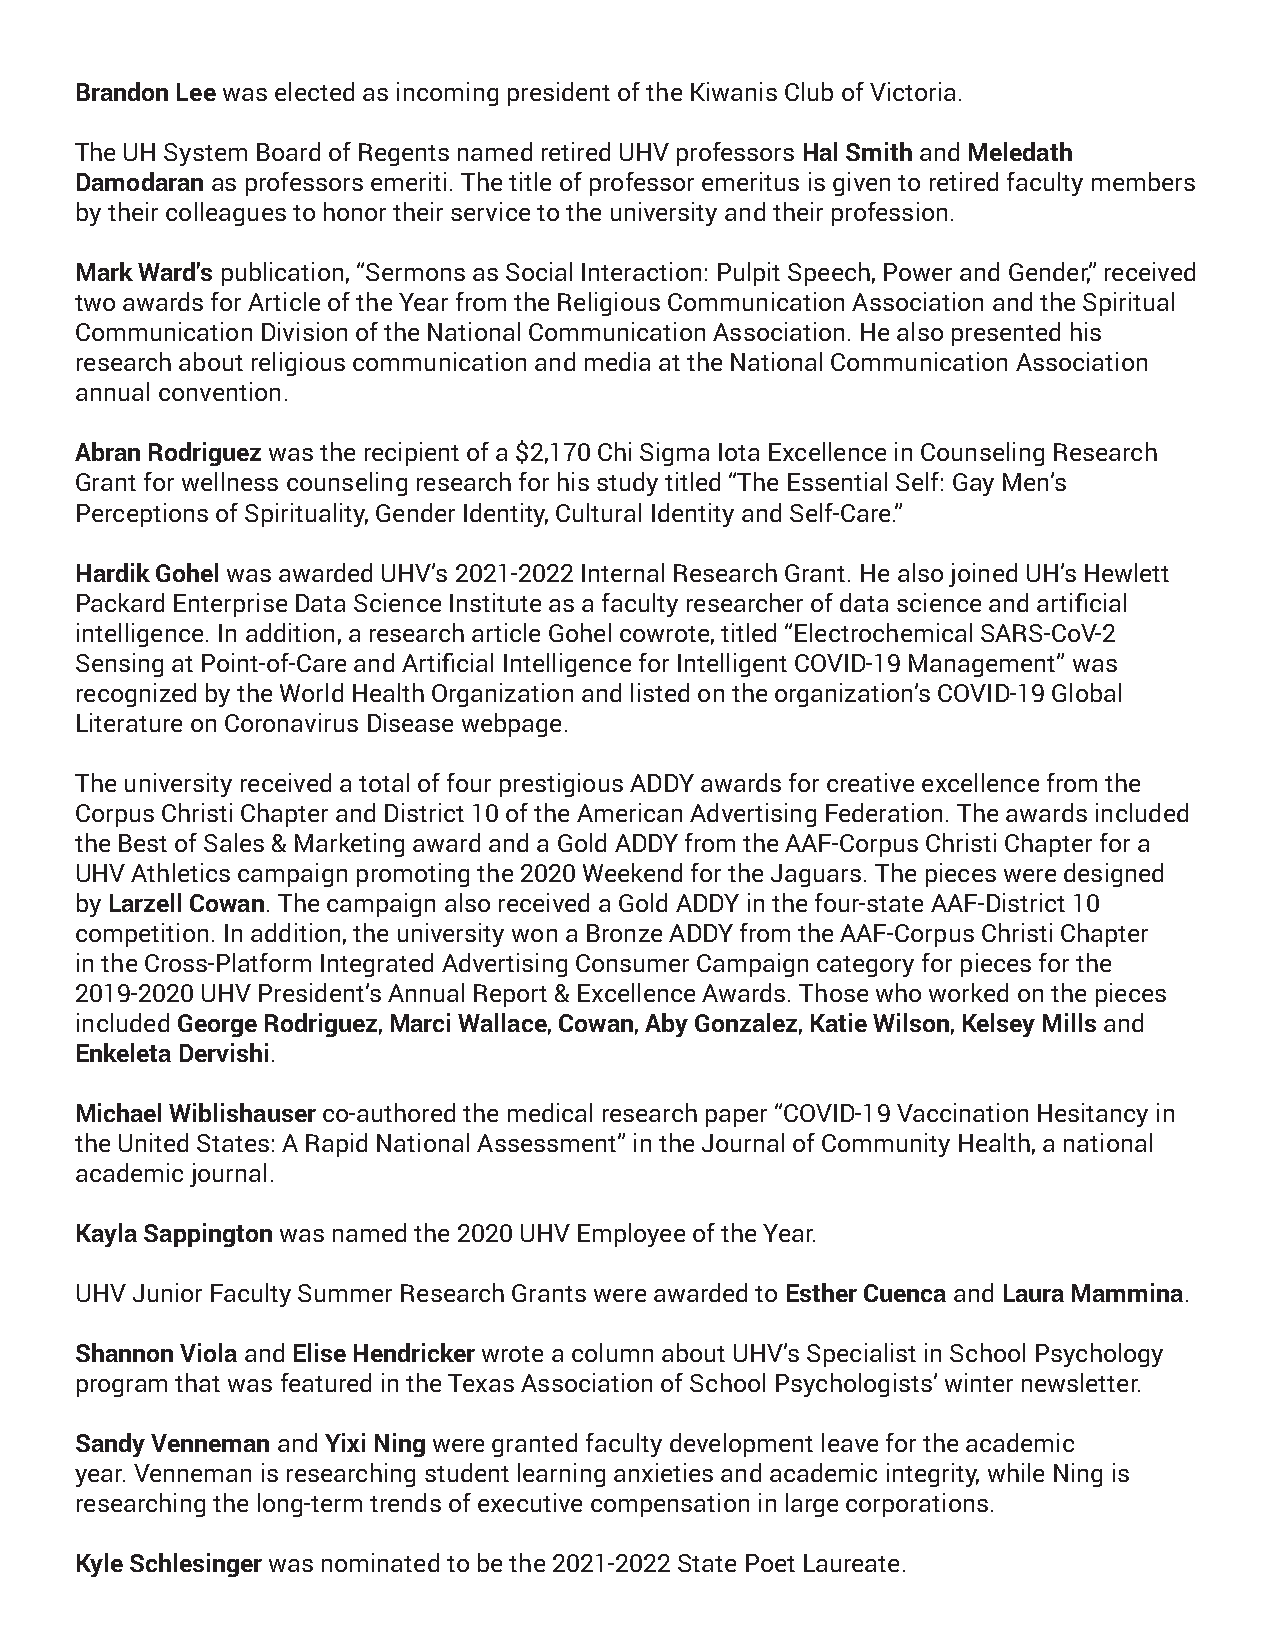
Brandon Lee was elected as incoming president of the Kiwanis Club of Victoria.
 The UH System Board of Regents named retired UHV professors Hal Smith and Meledath
 Damodaran as professors emeriti. The title of professor emeritus is given to retired faculty members
 by their colleagues to honor their service to the university and their profession.
 Mark Ward’s publication, “Sermons as Social Interaction: Pulpit Speech, Power and Gender,” received
 two awards for Article of the Year from the Religious Communication Association and the Spiritual
 Communication Division of the National Communication Association. He also presented his
 research about religious communication and media at the National Communication Association
 annual convention.
 Abran Rodriguez was the recipient of a $2,170 Chi Sigma Iota Excellence in Counseling Research
 Grant for wellness counseling research for his study titled “The Essential Self: Gay Men’s
 Perceptions of Spirituality, Gender Identity, Cultural Identity and Self-Care.”
 Hardik Gohel was awarded UHV’s 2021-2022 Internal Research Grant. He also joined UH’s Hewlett
 Packard Enterprise Data Science Institute as a faculty researcher of data science and artificial
 intelligence. In addition, a research article Gohel cowrote, titled “Electrochemical SARS-CoV-2
 Sensing at Point-of-Care and Artificial Intelligence for Intelligent COVID-19 Management” was
 recognized by the World Health Organization and listed on the organization’s COVID-19 Global
 Literature on Coronavirus Disease webpage.
 The university received a total of four prestigious ADDY awards for creative excellence from the
 Corpus Christi Chapter and District 10 of the American Advertising Federation. The awards included
 the Best of Sales & Marketing award and a Gold ADDY from the AAF-Corpus Christi Chapter for a
 UHV Athletics campaign promoting the 2020 Weekend for the Jaguars. The pieces were designed
 by Larzell Cowan. The campaign also received a Gold ADDY in the four-state AAF-District 10
 competition. In addition, the university won a Bronze ADDY from the AAF-Corpus Christi Chapter
 in the Cross-Platform Integrated Advertising Consumer Campaign category for pieces for the
 2019-2020 UHV President’s Annual Report & Excellence Awards. Those who worked on the pieces
 included George Rodriguez, Marci Wallace, Cowan, Aby Gonzalez, Katie Wilson, Kelsey Mills and
 Enkeleta Dervishi.
 Michael Wiblishauser co-authored the medical research paper “COVID-19 Vaccination Hesitancy in
 the United States: A Rapid National Assessment” in the Journal of Community Health, a national
 academic journal.
 Kayla Sappington was named the 2020 UHV Employee of the Year.
 UHV Junior Faculty Summer Research Grants were awarded to Esther Cuenca and Laura Mammina.
 Shannon Viola and Elise Hendricker wrote a column about UHV’s Specialist in School Psychology
 program that was featured in the Texas Association of School Psychologists’ winter newsletter.
 Sandy Venneman and Yixi Ning were granted faculty development leave for the academic
 year. Venneman is researching student learning anxieties and academic integrity, while Ning is
 researching the long-term trends of executive compensation in large corporations.
 Kyle Schlesinger was nominated to be the 2021-2022 State Poet Laureate.